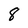
Character: 8